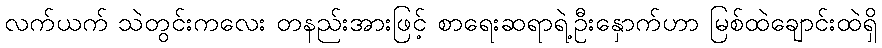
လက်ယက် သဲတွင်းကလေး တနည်းအားဖြင့် စာရေးဆရာရဲ့ဦးနှောက်ဟာ မြစ်ထဲချောင်းထဲရှိ